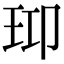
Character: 𤤑